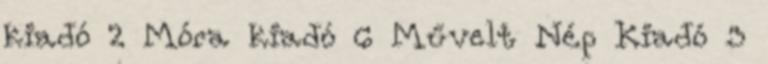
kiadó 2 Móra kiadó 6 Művelt Nép Kiadó 3